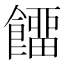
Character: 𩞷